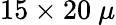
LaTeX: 15\times 20~\mu